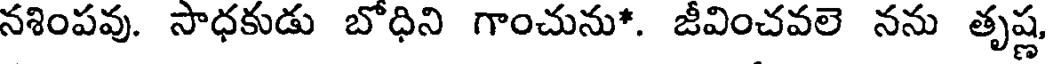
నశింపవు. సాధకుడు బోధిని గాంచును*. జీవించవలె నను తృష్ణ